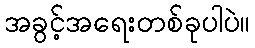
အခွင့်အရေးတစ်ခုပါပဲ။